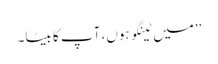
’’میں ٹینگو ہوں، آپ کا بیٹا۔